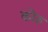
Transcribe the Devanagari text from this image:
कोरु